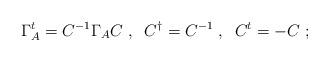
LaTeX: \begin{align*}\Gamma _A^t=C^{-1}\Gamma _AC\;,\;\;C^{\dagger }=C^{-1}\;,\;\;C^t=-C\;;\end{align*}